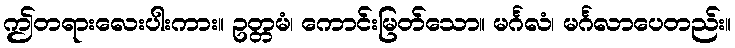
ဤတရားလေးပါးကား။ ဥတ္တမံ၊ ကောင်းမြတ်သော။ မင်္ဂလံ၊ မင်္ဂလာပေတည်း။